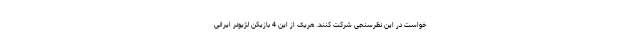
خواست در این نظرسنجی شرکت کنند. هریک از این 4 بازیکن لژیونر ایرانی